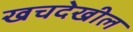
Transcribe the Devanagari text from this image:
खचदेखील